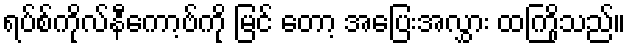
ရပ်စ်ကိုလ်နီကော့ဗ်ကို မြင် တော့ အပြေးအလွှား ထကြိုသည်။